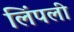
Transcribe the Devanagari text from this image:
लिंपली